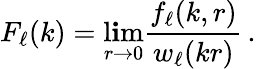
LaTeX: F_{\ell}(k)=\operatorname*{l\mathbf{i}m}_{r\to0}\frac{{f_{\ell}(k,r)}}{{w_{\ell}(kr)}}\, .